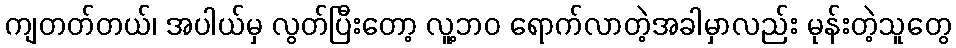
ကျတတ်တယ်၊ အပါယ်မှ လွတ်ပြီးတော့ လူ့ဘဝ ရောက်လာတဲ့အခါမှာလည်း မုန်းတဲ့သူတွေ